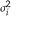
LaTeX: \scriptstyle \sigma _ { i } ^ { 2 }